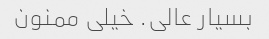
بسیار عالی. خیلی ممنون